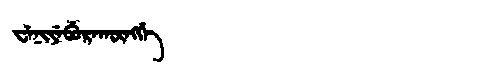
Manchu: ᠸᡝᠨᡳᠶᡝᠪᡠᡵᠠᡴᡡᠩᡤᡝ
Romanization: WENIYEBURAKŪNGGE